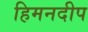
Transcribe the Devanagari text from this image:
हिमनदीप